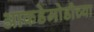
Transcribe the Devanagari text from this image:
आकडेमोडीच्या